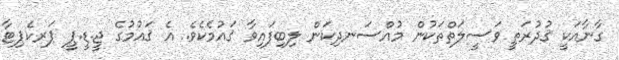
ގާނާއަކީ ޤުދުރަތީ ވަސީލަތްތަކުން މުއްސަނދިކަން ލިބިފައިވާ ޤައުމެކެވެ. އެ ޤައުމުގެ ޖީ.ޑީ.ޕީ ޕަރކެޕިޓާ